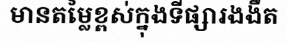
មានតម្លៃខ្ពស់ក្នុងទីផ្សារងងឹត